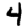
Digit: 4